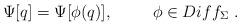
LaTeX: \begin{align*} \Psi[q] = \Psi[\phi(q)], \hspace{1cm} \phi\in Diff_{\Sigma}\ .\end{align*}